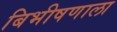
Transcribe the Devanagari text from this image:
बिभीषणाला